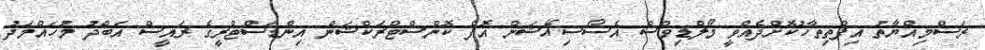
ރަސްމިއްޔާތު އިފްތިތާހުކޮށްދެއްވީ މޯލްޑިވްސް އެސޯސިއޭޝަން އޮފް ކޮންސްޓްރަކްޝަން އިންޑަސްޓްރީގެ ރައީސް އަބްދު މުހައްމަދު